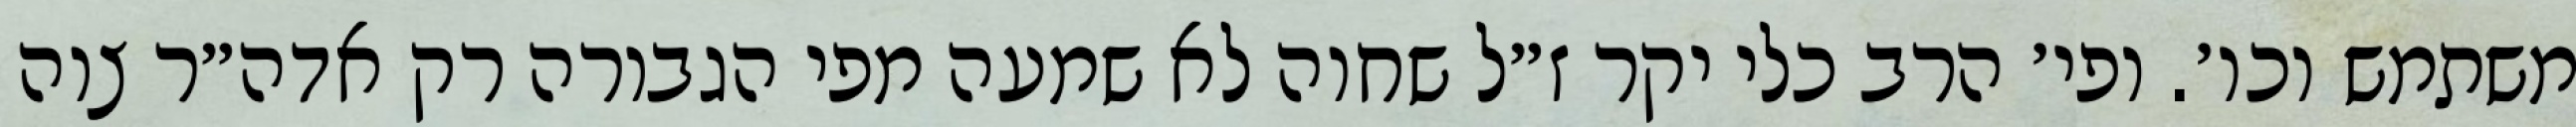
משתמש וכו׳. ופי׳ הרב כלי יקר ז״ל שחוה לא שמעה מפי הגבורה רק אדה״ר צוה